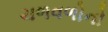
ચળવળોનો